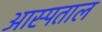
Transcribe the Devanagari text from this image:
आस्पताल